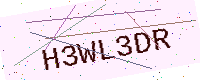
Text: H3WL3DR